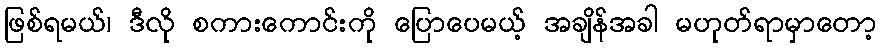
ဖြစ်ရမယ်၊ ဒီလို စကားကောင်းကို ပြောပေမယ့် အချိန်အခါ မဟုတ်ရာမှာတော့